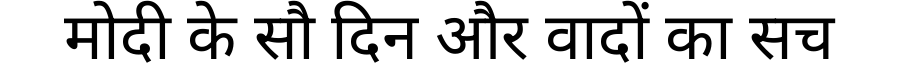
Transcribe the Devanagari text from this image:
मोदी के सौ दिन और वादों का सच